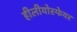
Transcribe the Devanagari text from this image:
हीलीयोस्फेयर